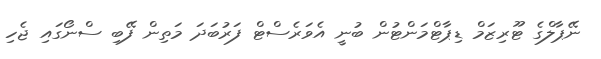
ނޭޕާލްގެ ޓޫރިޒަމް ޑިޕާޓްމަންޓުން ބުނީ އެވަރެސްޓް ފަރުބަދަ މަތިން ފޭބި ސްނޯގައި ޖެހި